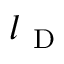
l _ { \mathrm { ~ D ~ } }